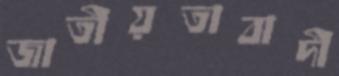
জাতীয়তাবাদী